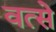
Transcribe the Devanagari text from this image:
वत्से